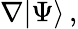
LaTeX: \nabla|\Psi\rangle\, ,